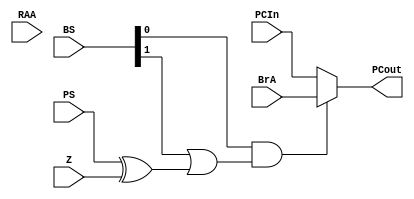
`timescale 1ns / 1ps
//////////////////////////////////////////////////////////////////////////////////
// Company: 
// Engineer: 
// 
// Design Name: 
// Module Name: MUX_C
// Project Name: 
// Target Devices: 
// Tool Versions: 
// Description: 
// 
// Dependencies: 
// 
// Revision:
// Revision 0.01 - File Created
// Additional Comments:
// 
//////////////////////////////////////////////////////////////////////////////////


module MUX_C(BS,PCIn,PCout,BrA,RAA,PS,Z);
input PS,Z;
input [1:0] BS;
input [7:0] BrA,RAA,PCIn;
output [7:0] PCout;
wire [1:0] select;

assign Select = BS[0] & (BS [1] | (PS^Z));
assign PCout = (Select == 2'b00) ? PCIn:
               (Select == 2'b01) ? BrA:
               (Select == 2'b10) ? RAA:
               (Select == 2'b11) ? BrA:
               7'b0;
endmodule
//assign select[0] = BS[0];
//assign select[1] = (PS^Z)|BS[0]&BS[0];

//always@(PS,BS,Z)
//case(select)
//2'b00: out = a;
//2'b01: out = b;
//2'b01: out = c;
//2'b01: out = d;
//endcase
//endmodule